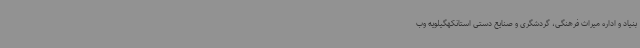
بنیاد و اداره میراث فرهنگی، گردشگری و صنایع دستی استانکهگیلویه وب